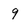
Character: 9